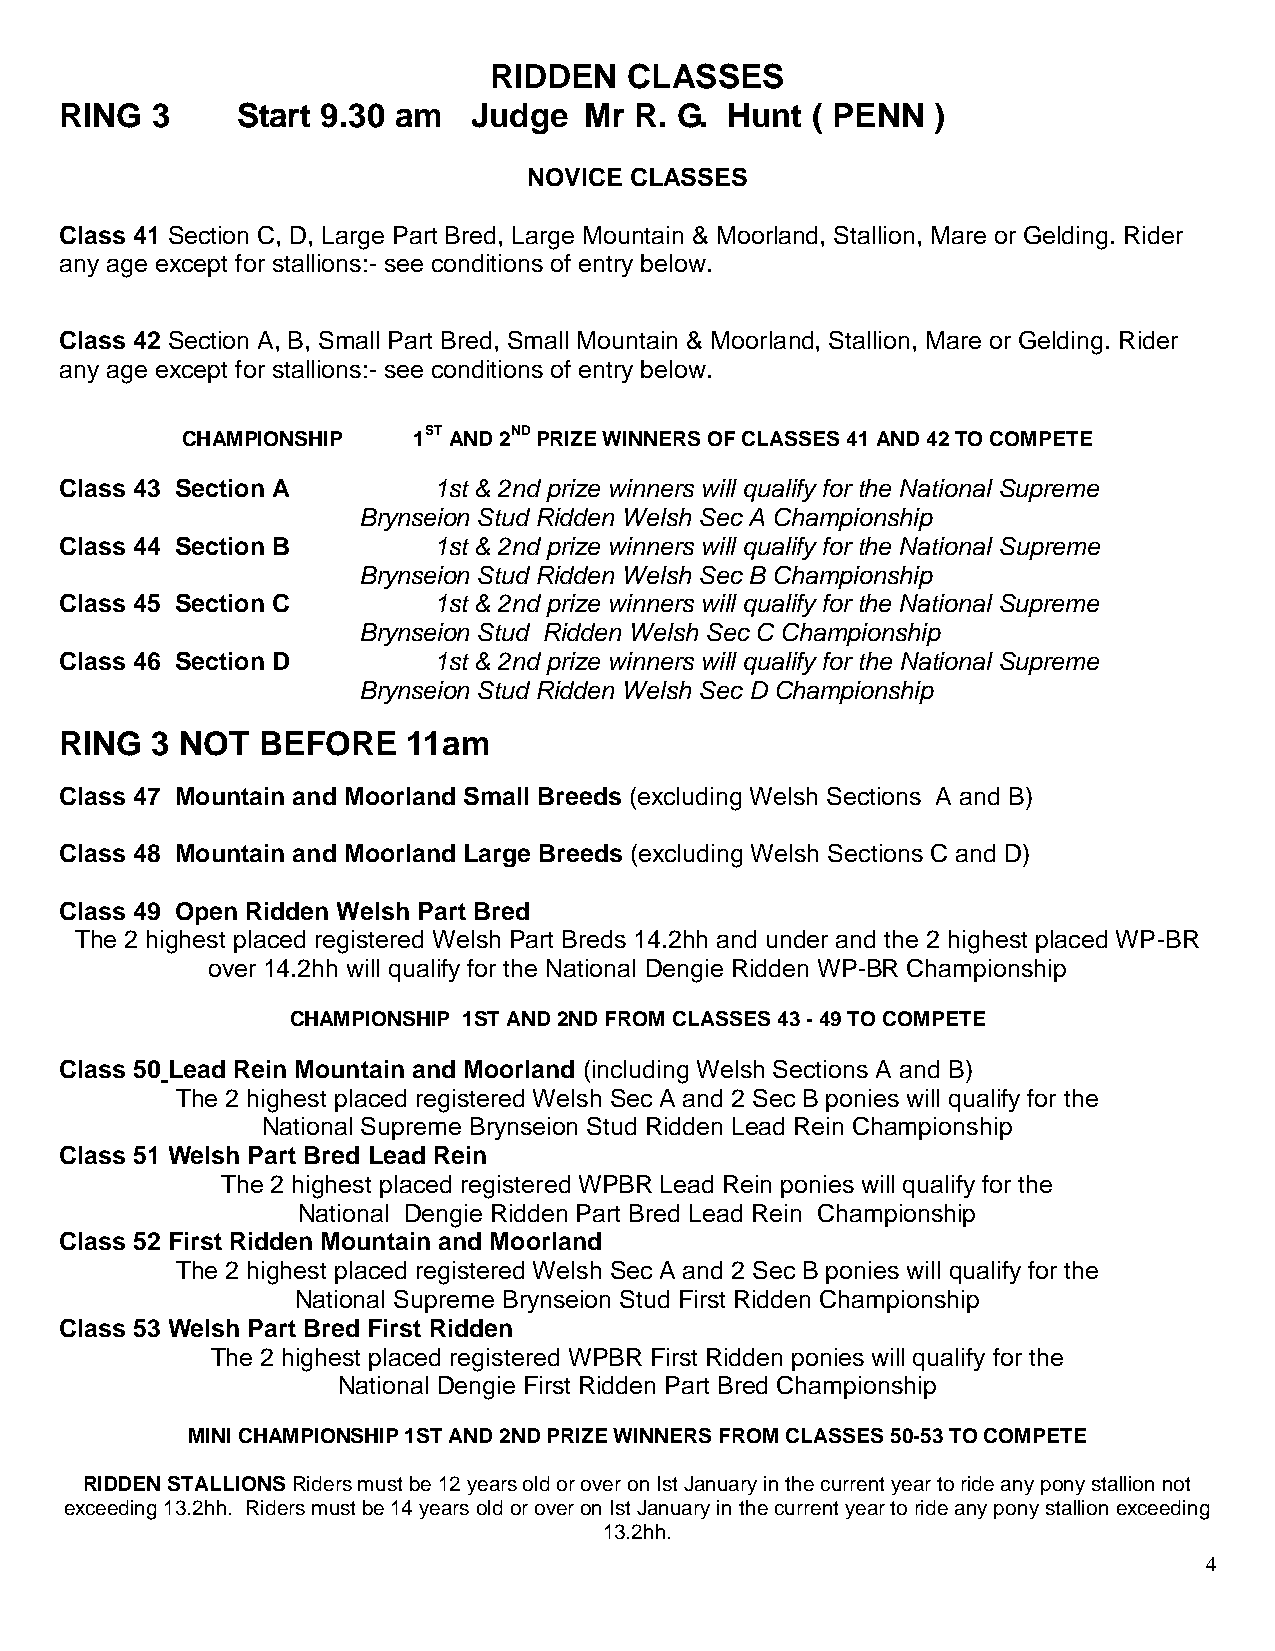
RIDDEN    CLASSES
 RING  3     Start 9.30 am  Judge   Mr R. G. Hunt  ( PENN  )
 NOVICE CLASSES
 Class 41 Section C, D, Large Part Bred, Large Mountain & Moorland, Stallion, Mare or Gelding. Rider
 any age except for stallions:- see conditions of entry below.
 Class 42 Section A, B, Small Part Bred, Small Mountain & Moorland, Stallion, Mare or Gelding. Rider
 any age except for stallions:- see conditions of entry below.
 CHAMPIONSHIP   1ST AND 2ND PRIZE WINNERS OF CLASSES 41 AND 42 TO COMPETE
 Class 43 Section A       1st & 2nd prize winners will qualify for the National Supreme
 Brynseion Stud Ridden Welsh Sec A Championship
 Class 44 Section B       1st & 2nd prize winners will qualify for the National Supreme
 Brynseion Stud Ridden Welsh Sec B Championship
 Class 45 Section C       1st & 2nd prize winners will qualify for the National Supreme
 Brynseion Stud Ridden Welsh Sec C Championship
 Class 46 Section D       1st & 2nd prize winners will qualify for the National Supreme
 Brynseion Stud Ridden Welsh Sec D Championship
 RING  3 NOT  BEFORE    11am
 Class 47 Mountain and Moorland Small Breeds (excluding Welsh Sections A and B)
 Class 48 Mountain and Moorland Large Breeds (excluding Welsh Sections C and D)
 Class 49 Open Ridden Welsh Part Bred
 The 2 highest placed registered Welsh Part Breds 14.2hh and under and the 2 highest placed WP-BR
 over 14.2hh will qualify for the National Dengie Ridden WP-BR Championship
 CHAMPIONSHIP 1ST AND 2ND FROM CLASSES 43 - 49 TO COMPETE
 Class 50 Lead Rein Mountain and Moorland (including Welsh Sections A and B)
 The 2 highest placed registered Welsh Sec A and 2 Sec B ponies will qualify for the
 National Supreme Brynseion Stud Ridden Lead Rein Championship
 Class 51 Welsh Part Bred Lead Rein
 The 2 highest placed registered WPBR Lead Rein ponies will qualify for the
 National Dengie Ridden Part Bred Lead Rein Championship
 Class 52 First Ridden Mountain and Moorland
 The 2 highest placed registered Welsh Sec A and 2 Sec B ponies will qualify for the
 National Supreme Brynseion Stud First Ridden Championship
 Class 53 Welsh Part Bred First Ridden
 The 2 highest placed registered WPBR First Ridden ponies will qualify for the
 National Dengie First Ridden Part Bred Championship
 MINI CHAMPIONSHIP 1ST AND 2ND PRIZE WINNERS FROM CLASSES 50-53 TO COMPETE
 RIDDEN STALLIONS Riders must be 12 years old or over on Ist January in the current year to ride any pony stallion not
 exceeding 13.2hh. Riders must be 14 years old or over on Ist January in the current year to ride any pony stallion exceeding
 13.2hh.
 4